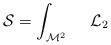
\begin{align*}{\cal S} = \int_{{\cal M}^{2}} ~~~~{\cal L}_2\end{align*}